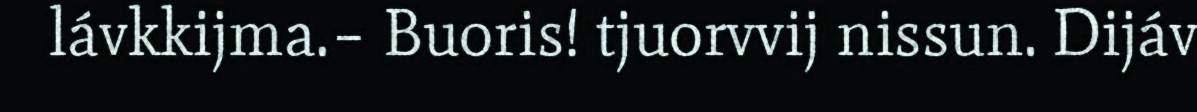
lávkkijma.– Buoris! tjuorvvij nissun. Dijáv